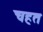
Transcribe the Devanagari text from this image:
चहत